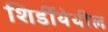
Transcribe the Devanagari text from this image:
शिर्डीयेथील